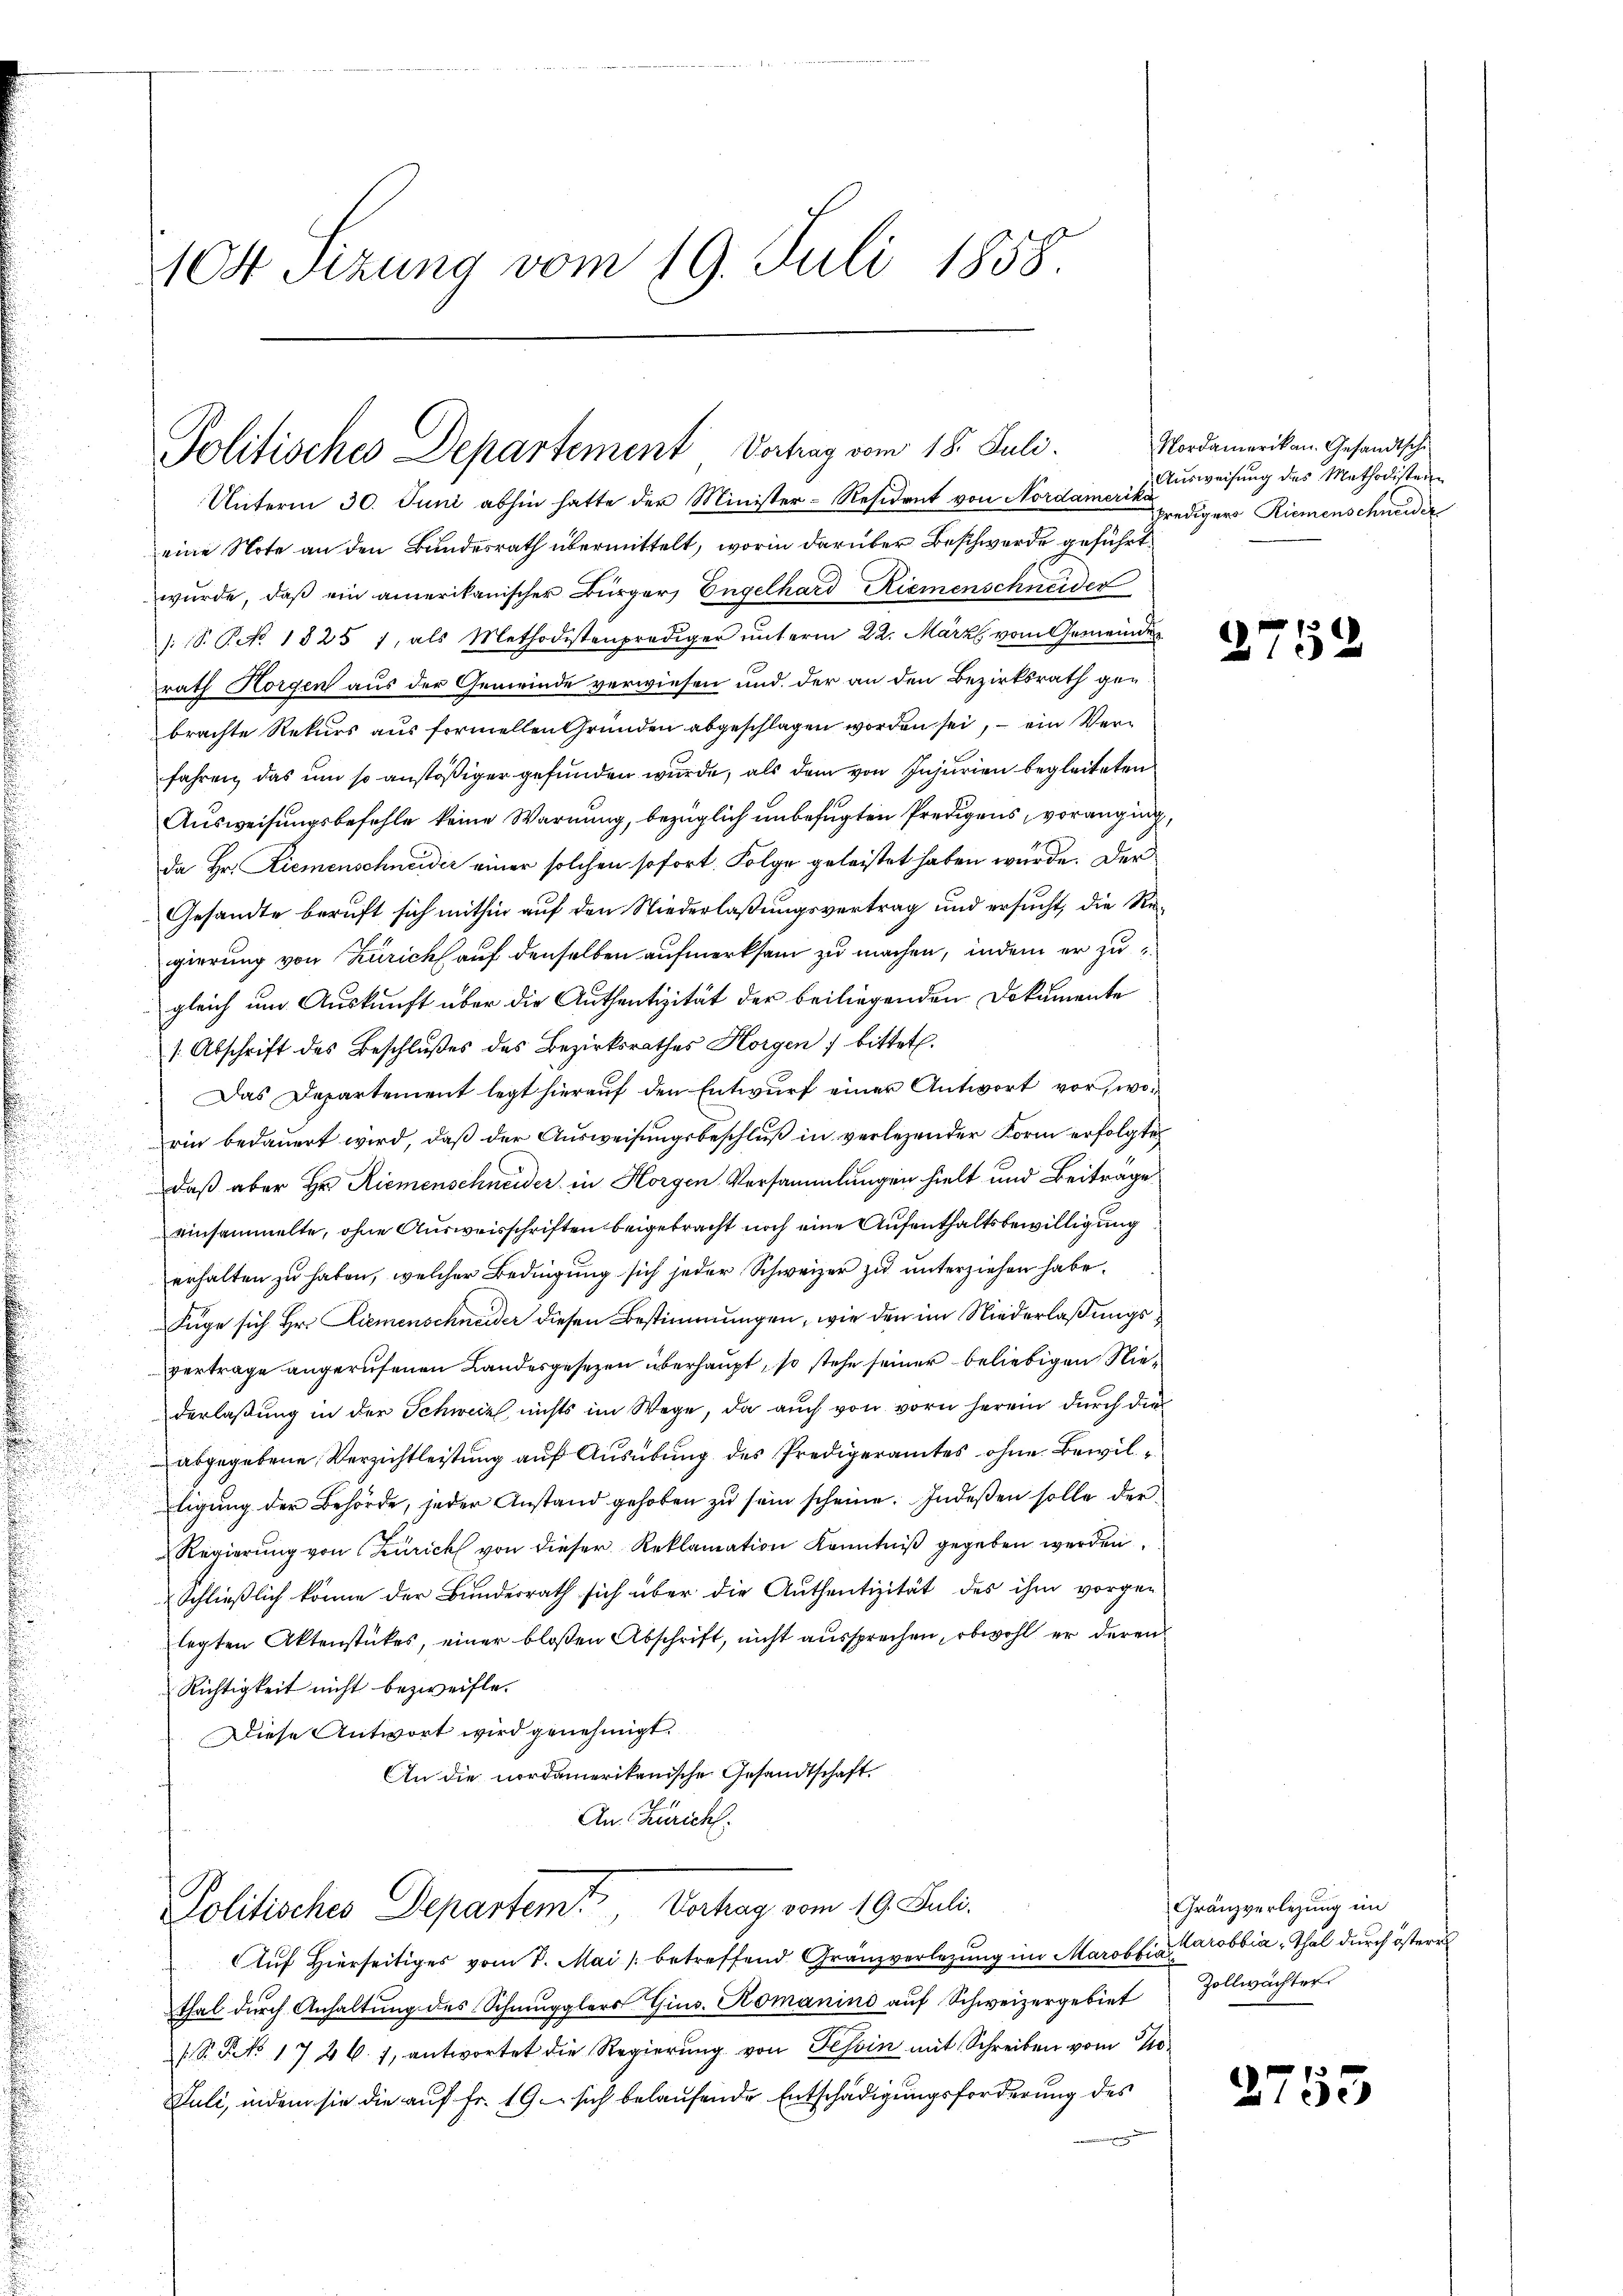
104 Sizung vom 19. Juli 1858.

Politisches Departement Vertrag vom 18. Juli.

Politisches Departem Verhag vom 19. Juli.

Unterm 30. Juni abhin hatte der Minister-Resident von Nordamerit rediger Riemenschneider
eine Note an den Bundesrath übermittelt, worin darüber Beschwerde geführt.
wurde, daß ein amerikanischer Bürger, Engelhard Riemenschneider
: P. P. 1825 7, als Methodistenprediger unterm 22. März vom Gemeinder
rath Horgen aus der Gemeinde verwiesen und der an den Bezirksrath gebrachte Rekurs aus formellen Gründen abgeschlagen worden sei, – ein Verfahren, das um so anstößiger gefunden wurde, als dem von Injurien begleiteten
Ausweisungsbefehle keine Warnung, bezüglich unbefugten Predigens, voranging,
da Hr. Riemenschneider einer solchen sofort Folge geleistet haben würde. Der
Gesandte beruft sich mithin auf den Niederlaßungsvertrag und ersucht, die Regierung von Zürich auf denselben aufmerksam zu machen, indem er zu
gleich um Auskunft über die Authentizität der beiliegenden Dokumente
s. Abschrift des Beschlußes des Bezirksrathes Horgen, bittet.
Das Departement legt hierauf den Entwurf einer Antwort vor, worin bedaŭert wird, daβ der Aŭsweisŭngsbeschlŭβ in verlegender Form erfolgte
daß aber Hr. Riemenschneider in Horgen Versammlungen hielt und Beitrage
einsammelte, ohne Ausweisschriften beigebracht noch eine Aufenthaltsbewilligung
erhalten zu haben, welcher Bedingung sich jeder Schweizer zu unterziehen habe.
Füge sich Hr. Diemenschneider diesen Bestimmungen, wie den im Niederlaßungsvertrage angerufenen Landesgesezen überhaupt, so stehe seiner beliebigen Niederlaßung in der Schweiz, nichts im Wege, da auch von vorn herein durch die
abgegebene Verzichtleistung auf Ausübung des Predigeramtes ohne Bewilligŭng der Behörde, jeder Anstand gehoben zŭ sein scheine. Indeßen solle der
Regierŭng von Zürich von dieser Reklamation Kenntniβ gegeben werden.
Schließlich könne der Bundesrath sich über die Authentizität des ihm vorgen
legten Aktenstückes, einer bloßen Abschrift, nicht aussprechen, obwohl er deren
Richtigkeit nicht bezweifle,
Diese Antwort wird genehmigt.
An die nordamerikanische Gesandtschaft.
An Zürich.

Aŭf Hierseitiges vom 7. Mai betreffend Gränzverlegŭng im Marobbia Carobbia Thal durch österr
thal durch Anhaltŭng des Schmugglers Gins. Komanino aŭf Schweizergebiet Zollwächter
/S. No. 1726. 7, antwortet die Regierŭng von Tessin mit Schreiben vom 10.
Juli, indem sie die auf Fr. 19. sich belaufende Entschädigungsforderung des

Nordamerikan. Gesandtschi
Ausweisung des Methodistern

2752

Gränzverlegung im

2755